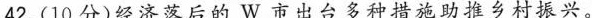
42.(10分)经济落后的W市出台多种措施助推乡村振兴。